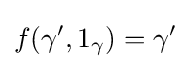
f(\gamma ',1_{\gamma })=\gamma '